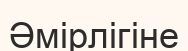
Әмірлігіне